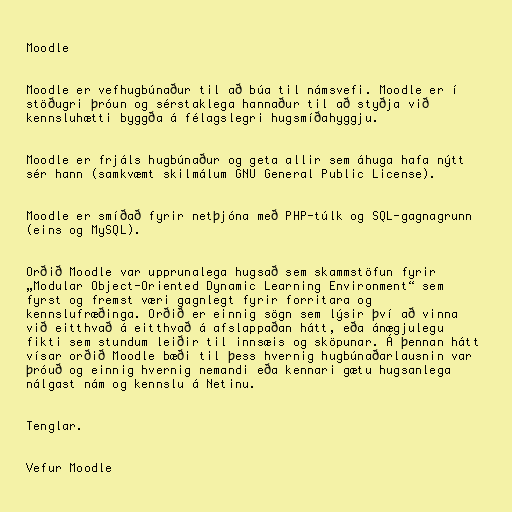
Moodle

Moodle er vefhugbúnaður til að búa til námsvefi. Moodle er í
stöðugri þróun og sérstaklega hannaður til að styðja við
kennsluhætti byggða á félagslegri hugsmíðahyggju.

Moodle er frjáls hugbúnaður og geta allir sem áhuga hafa nýtt
sér hann (samkvæmt skilmálum GNU General Public License).

Moodle er smíðað fyrir netþjóna með PHP-túlk og SQL-gagnagrunn
(eins og MySQL).

Orðið Moodle var upprunalega hugsað sem skammstöfun fyrir
„Modular Object-Oriented Dynamic Learning Environment“ sem
fyrst og fremst væri gagnlegt fyrir forritara og
kennslufræðinga. Orðið er einnig sögn sem lýsir því að vinna
við eitthvað á eitthvað á afslappaðan hátt, eða ánægjulegu
fikti sem stundum leiðir til innsæis og sköpunar. Á þennan hátt
vísar orðið Moodle bæði til þess hvernig hugbúnaðarlausnin var
þróuð og einnig hvernig nemandi eða kennari gætu hugsanlega
nálgast nám og kennslu á Netinu.

Tenglar.

Vefur Moodle